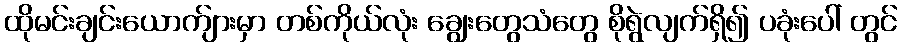
ထိုမင်းချင်းယောက်ျားမှာ တစ်ကိုယ်လုံး ချွေးတွေသံတွေ စိုရွဲလျက်ရှိ၍ ပခုံးပေါ် တွင်